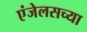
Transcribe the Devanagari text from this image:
एंजेलसच्या